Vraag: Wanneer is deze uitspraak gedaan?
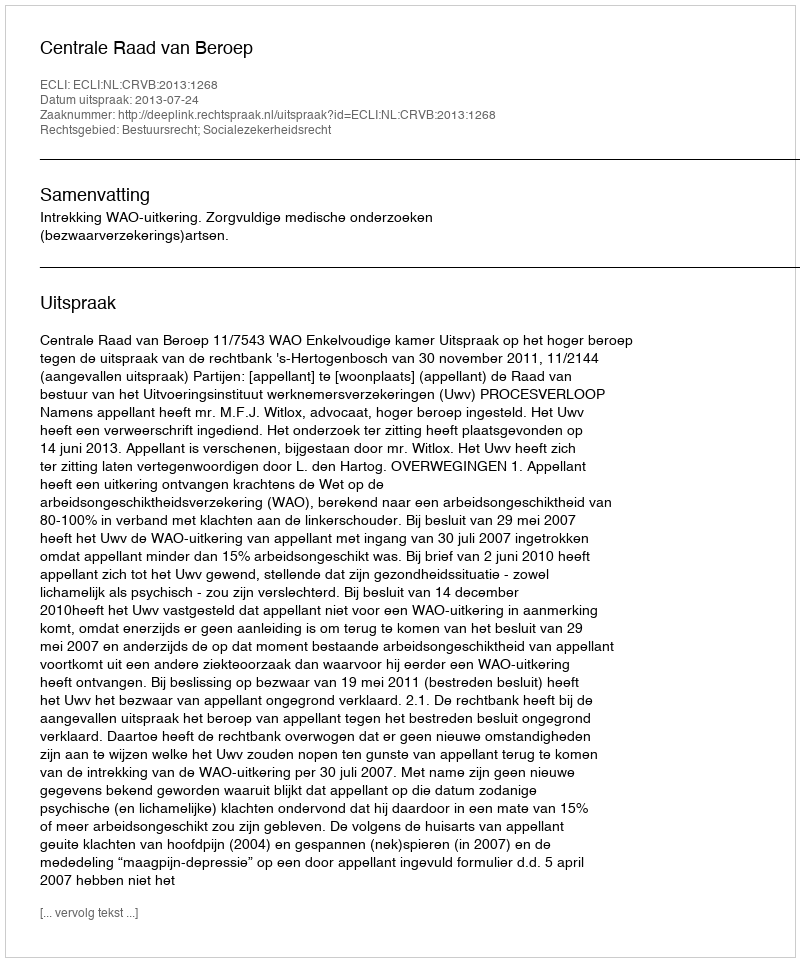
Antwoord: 2013-07-24